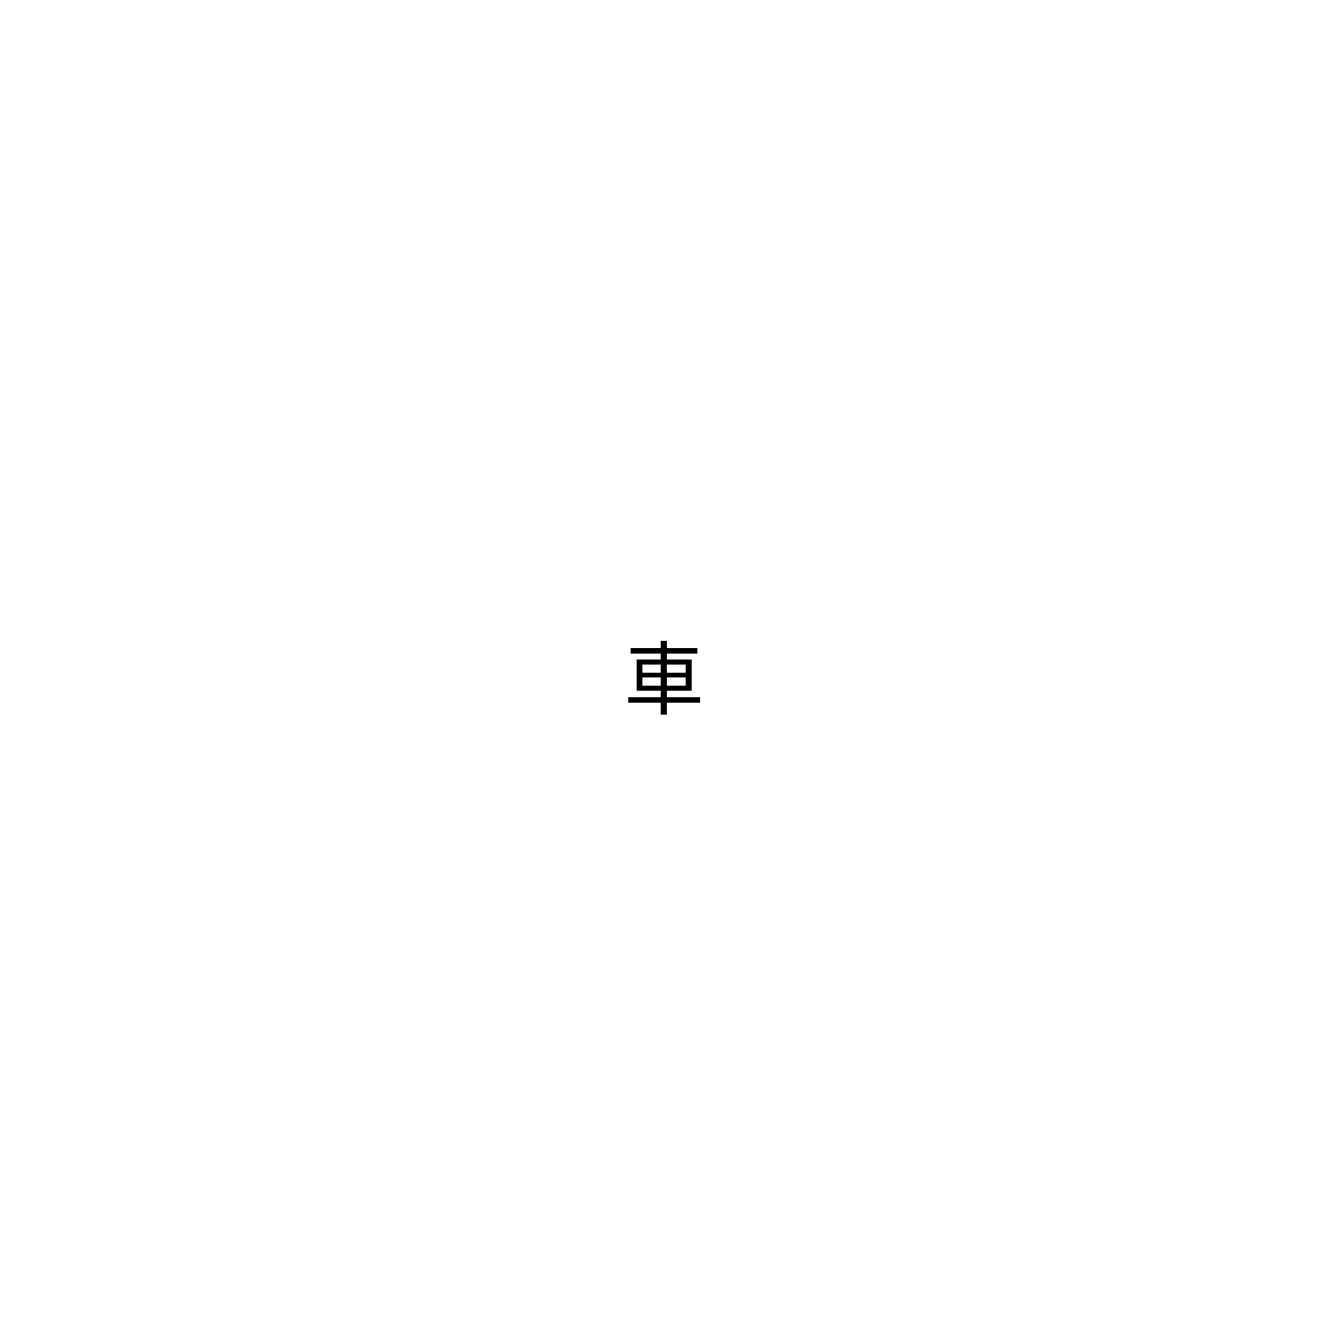
車